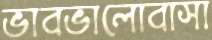
ভাবভালোবাসা